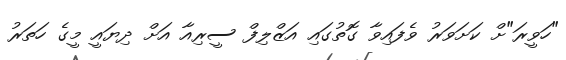
"ހަވީރަ"ށް ކަށަަވަރު ވެފައިވާ ގޮތުގައި އަޒްލިފް ސީރިއާ އަށް ދިޔައީ މީގެ ހަތަރު